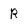
Character: R